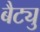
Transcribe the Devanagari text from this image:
बैट्यु